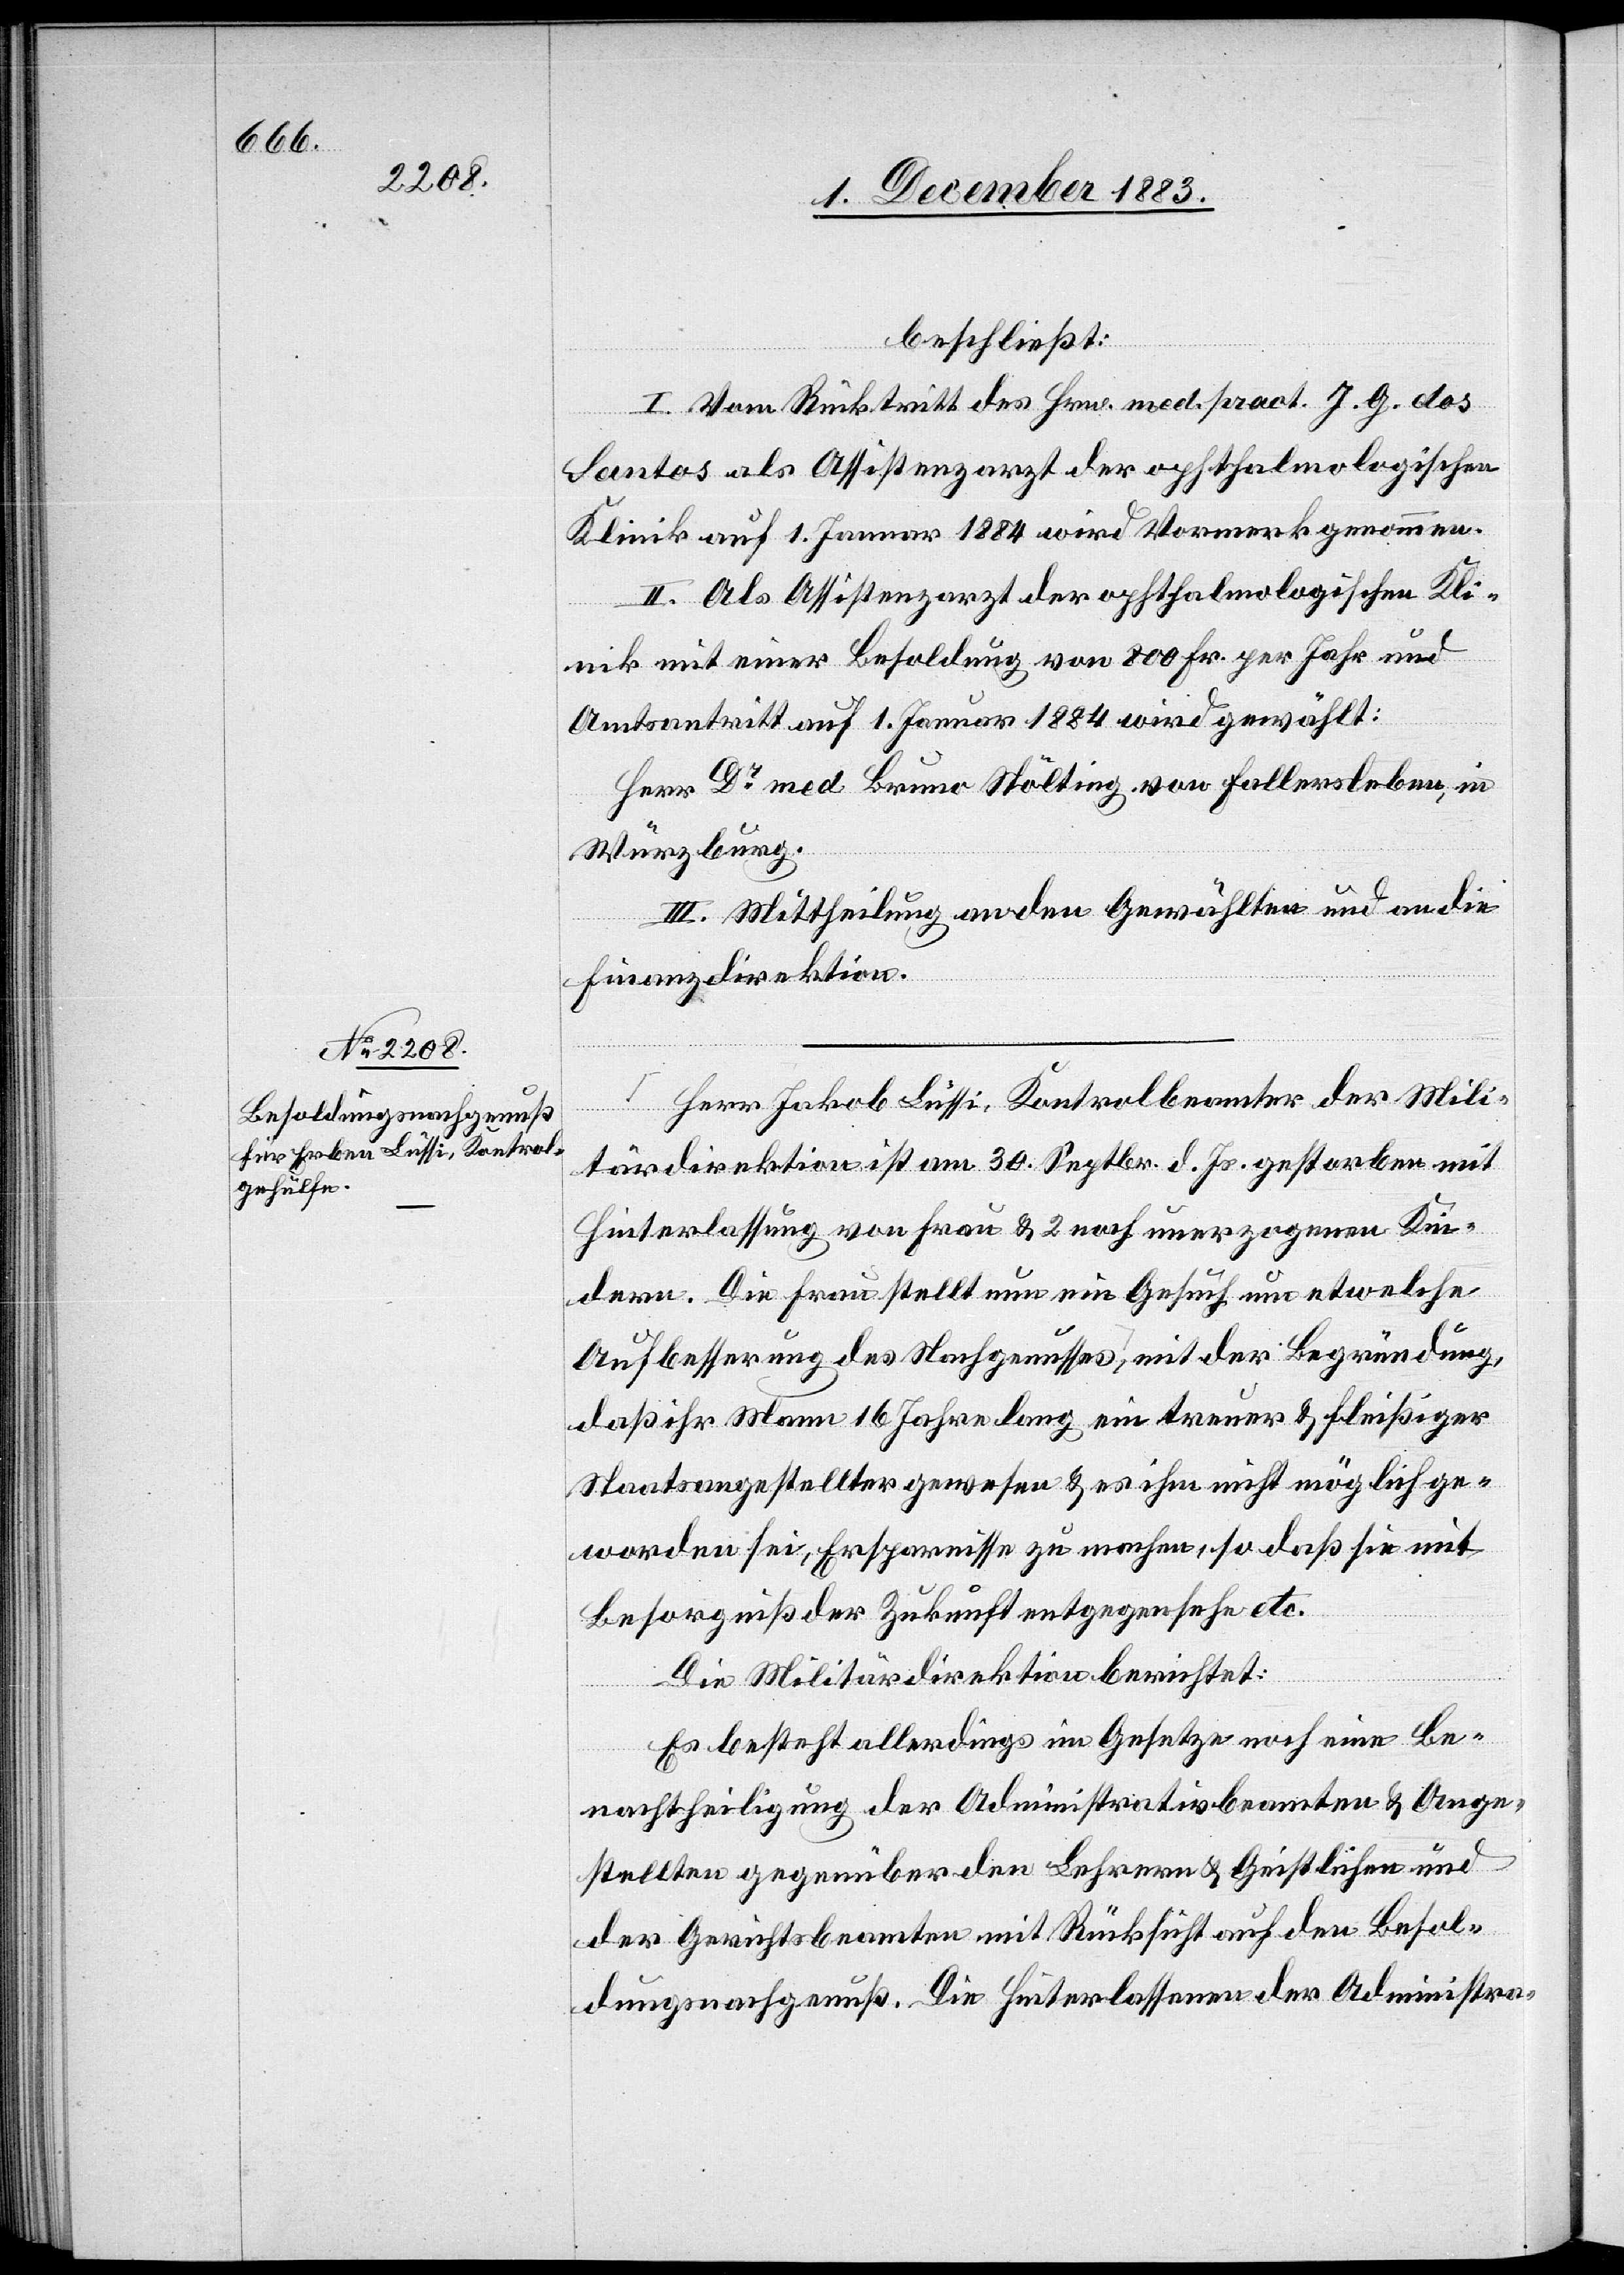
beschließt:
I. Vom Rücktritt des Hrn. med. pract. J. G. dos
Santos als Assistenzarzt der ophthalmologischen
Klinik auf 1. Januar 1884 wird Vormerk genommen.
II. Als Assistenzarzt der ophthalmologischen Kli¬
nik mit einer Besoldung von 800 Fr. per Jahr und
Amtsantritt auf 1. Januar 1884 wird gewählt:
Herr Dr med. Bruno Stölting von Fallersleben, in
Würzburg.
III. Mittheilung an den Gewählten und an die
Finanzdirektion.
Herr Jakob Lüssi, Kontrolbeamter der Mili¬
tärdirektion ist am 30. Septbr d. Js. gestorben mit
Hinterlassung von Frau & 2 noch unerzogenen Kin¬
dern. Die Frau stellt nun ein Gesuch um etwelche
Aufbesserung des Nachgenusses, mit der Begründung,
daß ihr Mann 16 Jahre lang ein treuer & fleißiger
Staatsangestellter gewesen & es ihm nicht möglich ge¬
worden sei, Ersparnisse zu machen, so daß sie mit
Besorgniß der Zukunft entgegensehe etc.
Die Militärdirektion berichtet:
Es besteht allerdings im Gesetze noch eine Be¬
nachtheiligung der Administrativbeamten & Ange¬
stellten gegenüber den Lehrern & Geistlichen und
der Gerichtsbeamten mit Rücksicht auf den Besol¬
dungsnachgenuß. Die Hinterlassenen der Administra-